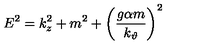
E ^ { 2 } = k _ { z } ^ { 2 } + m ^ { 2 } + \left( \frac { g \alpha m } { k _ { \vartheta } } \right) ^ { 2 }